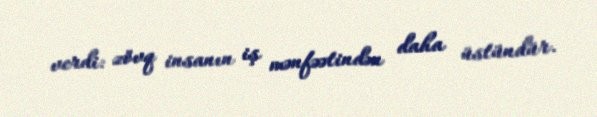
verdi: zövq insanın iş mənfəətindən daha üstündür.